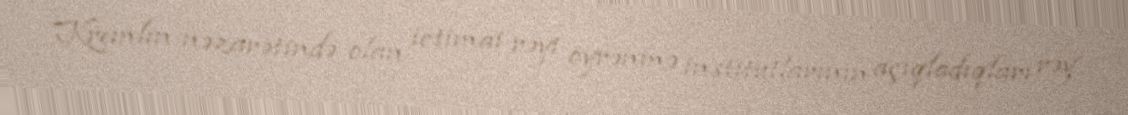
Kremlin nəzarətində olan ictimai rəyi öyrənmə institutlarının açıqladıqları rəy